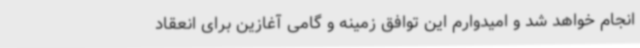
انجام خواهد شد و امیدوارم این توافق زمینه و گامی آغازین برای انعقاد